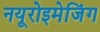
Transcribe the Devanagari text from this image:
नयूरोइमेजिंग